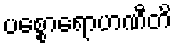
ပစ္စောရောဟဏီတိ